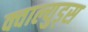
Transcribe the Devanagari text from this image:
क्वाल्युड्स